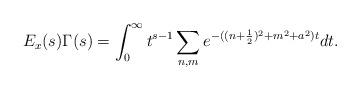
LaTeX: \begin{align*}E_x(s) \Gamma(s)=\int^{\infty}_0 t^{s-1} \sum_{n,m} e^{-((n+\frac{1}{2})^2+m^2+a^2)t} dt.\end{align*}